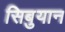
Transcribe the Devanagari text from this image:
सिबुयान